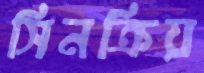
সিনক্রিয়